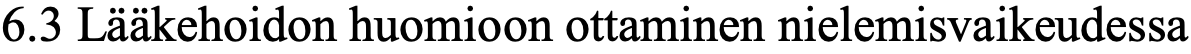
6.3 Lääkehoidon huomioon ottaminen nielemisvaikeudessa